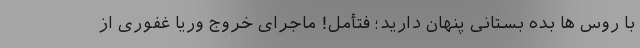
با روس ها بده بستانی پنهان دارید؛ فتأمل! ماجرای خروج وریا غفوری از